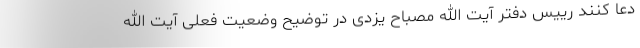
دعا کنند رییس دفتر آیت الله مصباح یزدی در توضیح وضعیت فعلی آیت الله